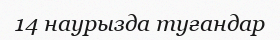
14 наурызда туғандар